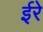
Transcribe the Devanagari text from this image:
ईरे